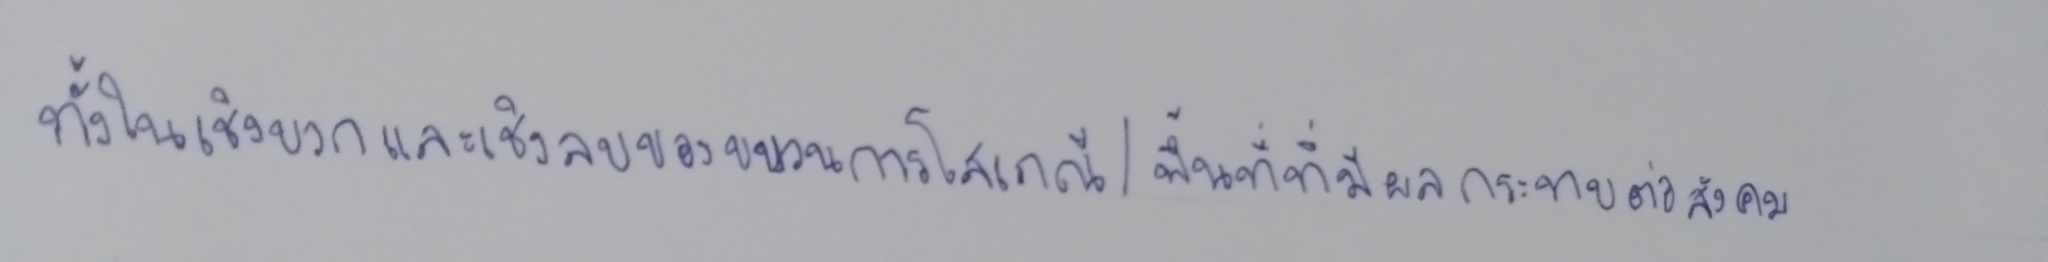
ทั้งในเชิงบวกและเชิงลบของขบวนการโสเภณี/พื้นที่ที่มีกับผลกระทบต่อสังคม